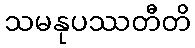
သမနုပဿတီတိ